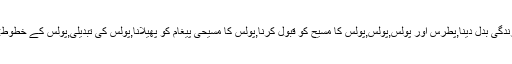
Tags:تبدیلی,زندگی بدل دینا,پطرس اور پولس,پولس,پولس کا مسیح کو قبول کرنا,پولس کا مسیحی پیغام کو پھیلانا,پولس کی تبدیلی,پولس کے خطوط